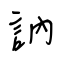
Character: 訥